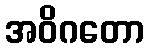
အဝိဂတော